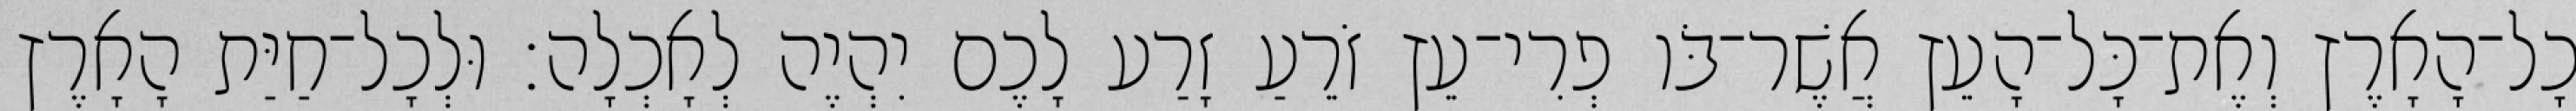
כָל־הָאָרֶץ וְאֶת־כָּל־הָעֵץ אֲשֶׁר־בֹּו פְרִי־עֵץ זֹרֵעַ זָרַע לָכֶם יִהְיֶה לְאָכְלָה׃ וּלְכָל־חַיַּת הָאָרֶץ